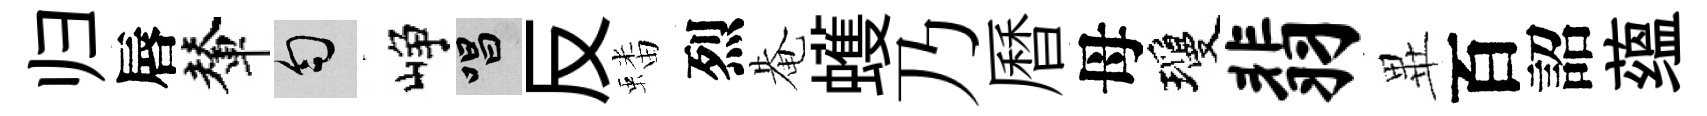
归唇輦匀峥唱反蟠烈𤲅蠖乃曆母瓊翡𭺾百詔蕴